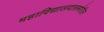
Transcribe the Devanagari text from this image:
महाविद्यालयासमोरील